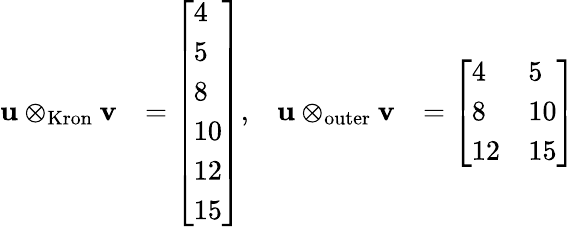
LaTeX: {\begin{array}{rlrl}{\mathbf{u}\otimes_{\mathrm{Kron}}\mathbf{v}}&{={\left[\begin{array}{l}{4}\\ {5}\\ {8}\\ {10}\\ {12}\\ {15}\end{array}\right]},}&{\mathbf{u}\otimes_{\mathrm{outer}}\mathbf{v}}&{={\left[\begin{array}{ll}{4}&{5}\\ {8}&{10}\\ {12}&{15}\end{array}\right]}}\end{array}}